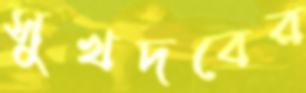
সুখদবের